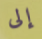
إلى